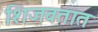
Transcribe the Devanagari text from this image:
शिजवतात